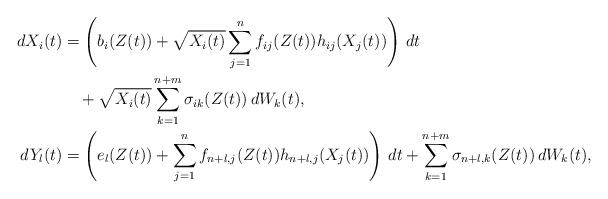
LaTeX: \begin{align*}\begin{aligned}d X_i(t) &= \left(b_i( Z(t))+ \sqrt{X_i(t)}\sum_{j=1}^{n}f_{ij}( Z(t))h_{ij}(X_j(t))\right)\, dt\\&\quad+\sqrt{ X_i(t)}\sum_{k=1}^{n+m} \sigma_{ik}( Z(t))\, d W_k(t),\\d Y_l(t) &= \left(e_l( Z(t))+\sum_{j=1}^{n}f_{n+l,j}( Z(t)) h_{n+l,j}(X_j(t))\right)\, dt+\sum_{k=1}^{n+m} \sigma_{n+l,k}( Z(t))\, d W_k(t),\end{aligned}\end{align*}